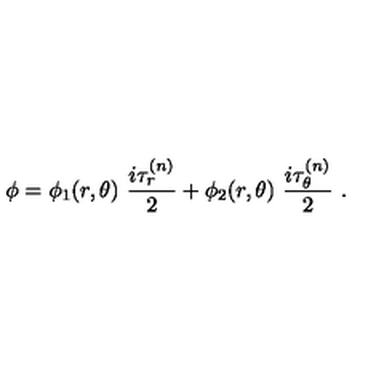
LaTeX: \phi = \phi _ { 1 } ( r , \theta ) \ \frac { i \tau _ { r } ^ { ( n ) } } { 2 } + \phi _ { 2 } ( r , \theta ) \ \frac { i \tau _ { \theta } ^ { ( n ) } } { 2 } \ .